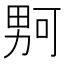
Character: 𪟡